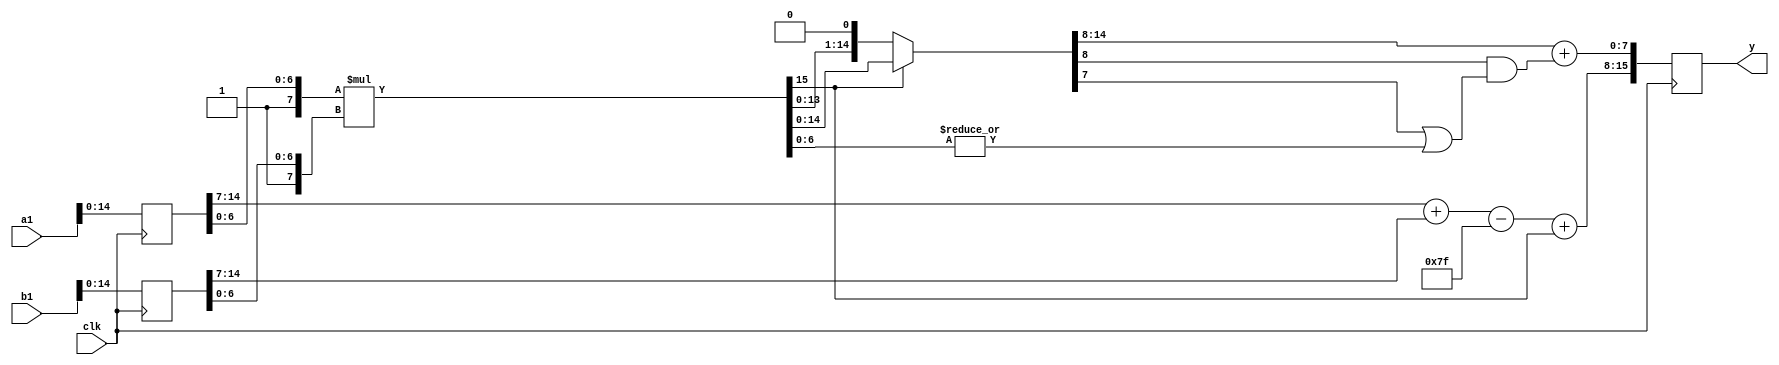
`timescale 1ns / 1ps
//////////////////////////////////////////////////////////////////////////////////
// Company: 
// Engineer: 
// 
// Design Name: 
// Module Name: top_fp_mul_N32_M23_E8
// Project Name: 
// Target Devices: 
// Tool Versions: 
// Description: 
// 
// Dependencies: 
// 
// Revision:
// Revision 0.01 - File Created
// Additional Comments:
// 
//////////////////////////////////////////////////////////////////////////////////

`define N       16
`define E       8
`define MA      7

// indices of components of IEEE 754 FP
`define SIGN   	15
`define EXP    	14:7
`define M    	6:0

`define P    	9    // number of bits for mantissa (including 
`define G    	8    // guard bit index
`define R    	7    // round bit index
`define S    	6:0  // sticky bits range

`define BIAS   	127


module top_fp_mul_N16_M7_E8(input  wire clk,
			  input  wire[`N-1:0] a1,
              input  wire[`N-1:0] b1,
              output reg[`N-1:0] y);

      reg [`P-2:0] m;
      reg [`E-1:0] e;
      reg s;
      
      reg [`P*2-1:0] product;
      reg G;
      reg R;
      reg S;
      reg normalized;
    
    
      reg [`N-1:0] a,b;
      wire [`N-1:0] y1;
    
    
      always @(posedge clk) begin
          a = {a1};
          b = {b1};
          y = y1; 
      end
    
    
      always @(*) begin
          // $monitor("product = %b, S = %b, s = %b, m = %b, e = %b", product, S,s,m,e);
          // mantissa is product of a and b's mantissas, 
          // with a 1 added as the MSB to each
          product = {1'b1, a[`M]} * {1'b1, b[`M]};
    
          // get sticky bits by ORing together all bits right of R
          S = |product[`S]; 
    
          // if the MSB of the resulting product is 0
          // normalize by shifting right    
          normalized = product[2*`MA+1];
          
          if(!normalized) product = product << 1; 
          else product = product;
          
    
          // sign is xor of signs
          s = a[`SIGN] ^ b[`SIGN];

          // mantissa is upper 22-bits of product w/ nearest-even rounding
          m = product[2*`MA:`MA+1] + (product[`G] & (product[`R] | S));

          // exponent is sum of a and b's exponents, minus the bias 
          // if the mantissa was shifted, increment the exponent to balance it
          e = a[`EXP] + b[`EXP] - `BIAS + normalized;
              
      end
    
      // output is concatenation of sign, exponent, and mantissa    
      assign y1 = {s, e, m};
    
    endmodule